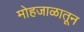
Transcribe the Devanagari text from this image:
मोहजाळातून